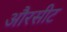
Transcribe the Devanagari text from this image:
औरसीट